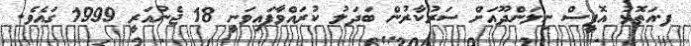
ފ.އަތޮޅު އޮފީސް ނިލަންދޫއަށް ސަރުކާރުން ބަދަލު ކުރައްވާފައިވަނީ 18 ޖެނުއަރީ 1999 ގައެވެ.